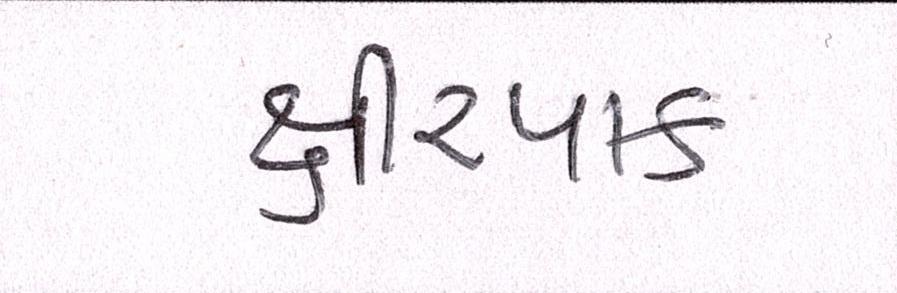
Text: ક્ષીરપાક